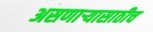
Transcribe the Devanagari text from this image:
असणार्‍यासाठीच